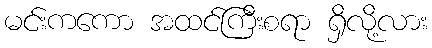
မင်းကကော အထင်ကြီးစရာ ရှိလို့လား